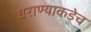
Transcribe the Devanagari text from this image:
घराण्याकडेच